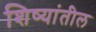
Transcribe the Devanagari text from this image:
शिष्यांतील